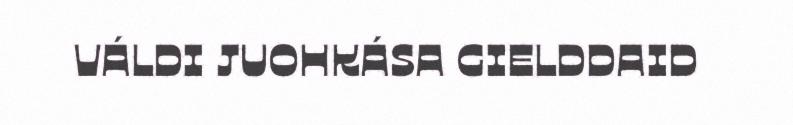
VÁLDI JUOHKÁSA GIELDDAID